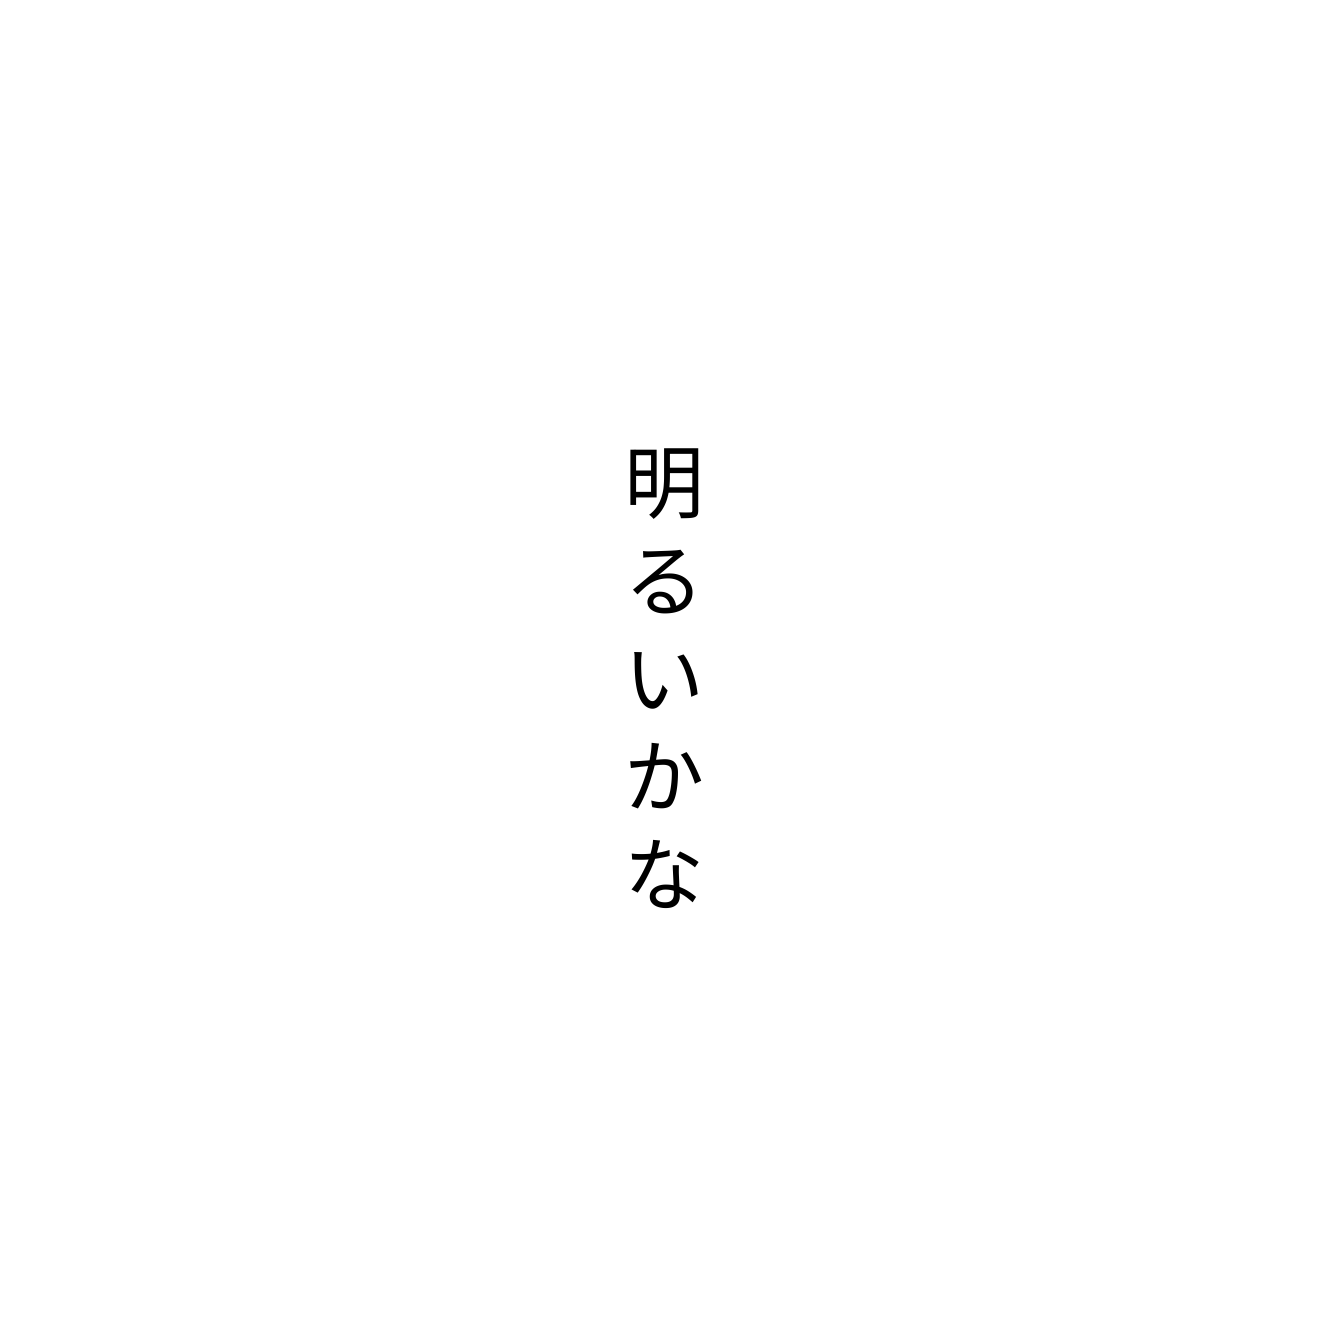
明るいかな